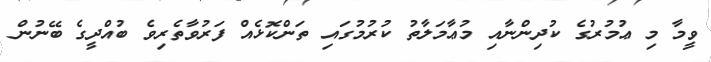
ވީމާ މި ޢުމުރުގެ ކުދިންނާއި މުޢާމަލާތު ކުރުމުގައި ތަންކޮޅެއް ފަރުވާތެރިވެ ބުއްދީގެ ބޭނުން